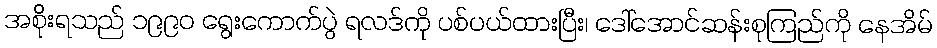
အစိုးရသည် ၁၉၉၀ ရွေးကောက်ပွဲ ရလဒ်ကို ပစ်ပယ်ထားပြီး၊ ဒေါ်အောင်ဆန်းစုကြည်ကို နေအိမ်